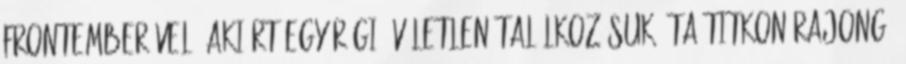
frontemberével, akiért egy régi, véletlen találkozásuk óta titkon rajong,